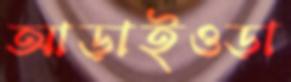
আড়াইওড়া